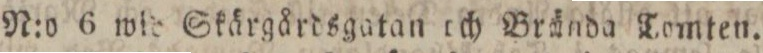
N:o 6 wid Skärgårdsgatan och Brände Tomten.